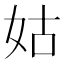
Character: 姑